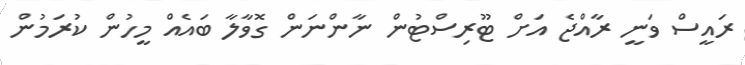
ރައީސް ވަނީ ރާއްޖެ އަށް ޓޫރިސްޓުން ނާންނަން ގޮވާލާ ބައެއް މީހުން ކުރަމުން